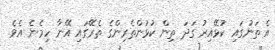
އެ ތަނުގައި ކުޅޭއިރު ގަދަ ތިން ކުޅުންތެރިންގެ ތެރޭގައި އޭނާ ހިމެނެ އެވެ.